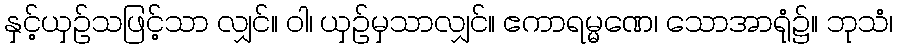
နှင့်ယှဉ်သဖြင့်သာ လျှင်။ ဝါ၊ ယှဉ်မှသာလျှင်။ ဧကာရမ္မဏေ၊ သောအာရုံ၌။ ဘုသံ၊